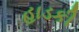
હાડકી